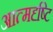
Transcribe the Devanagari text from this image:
आत्मदृष्टि